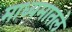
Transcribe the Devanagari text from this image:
माध्यमातले